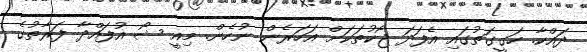
ދައްކާ. ހަގީގަތުގައި އެފަދަ ޖޯކުތަކަށް އަހަރެން ނުހެން. މިއީ ޝޯ އުފައްދާ ފަރާތުގެ